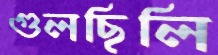
গুলছিলি